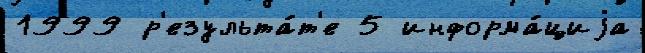
1999 р'езульта́т'е 5 информа́циjа